EAOK_Sinod, lk 20
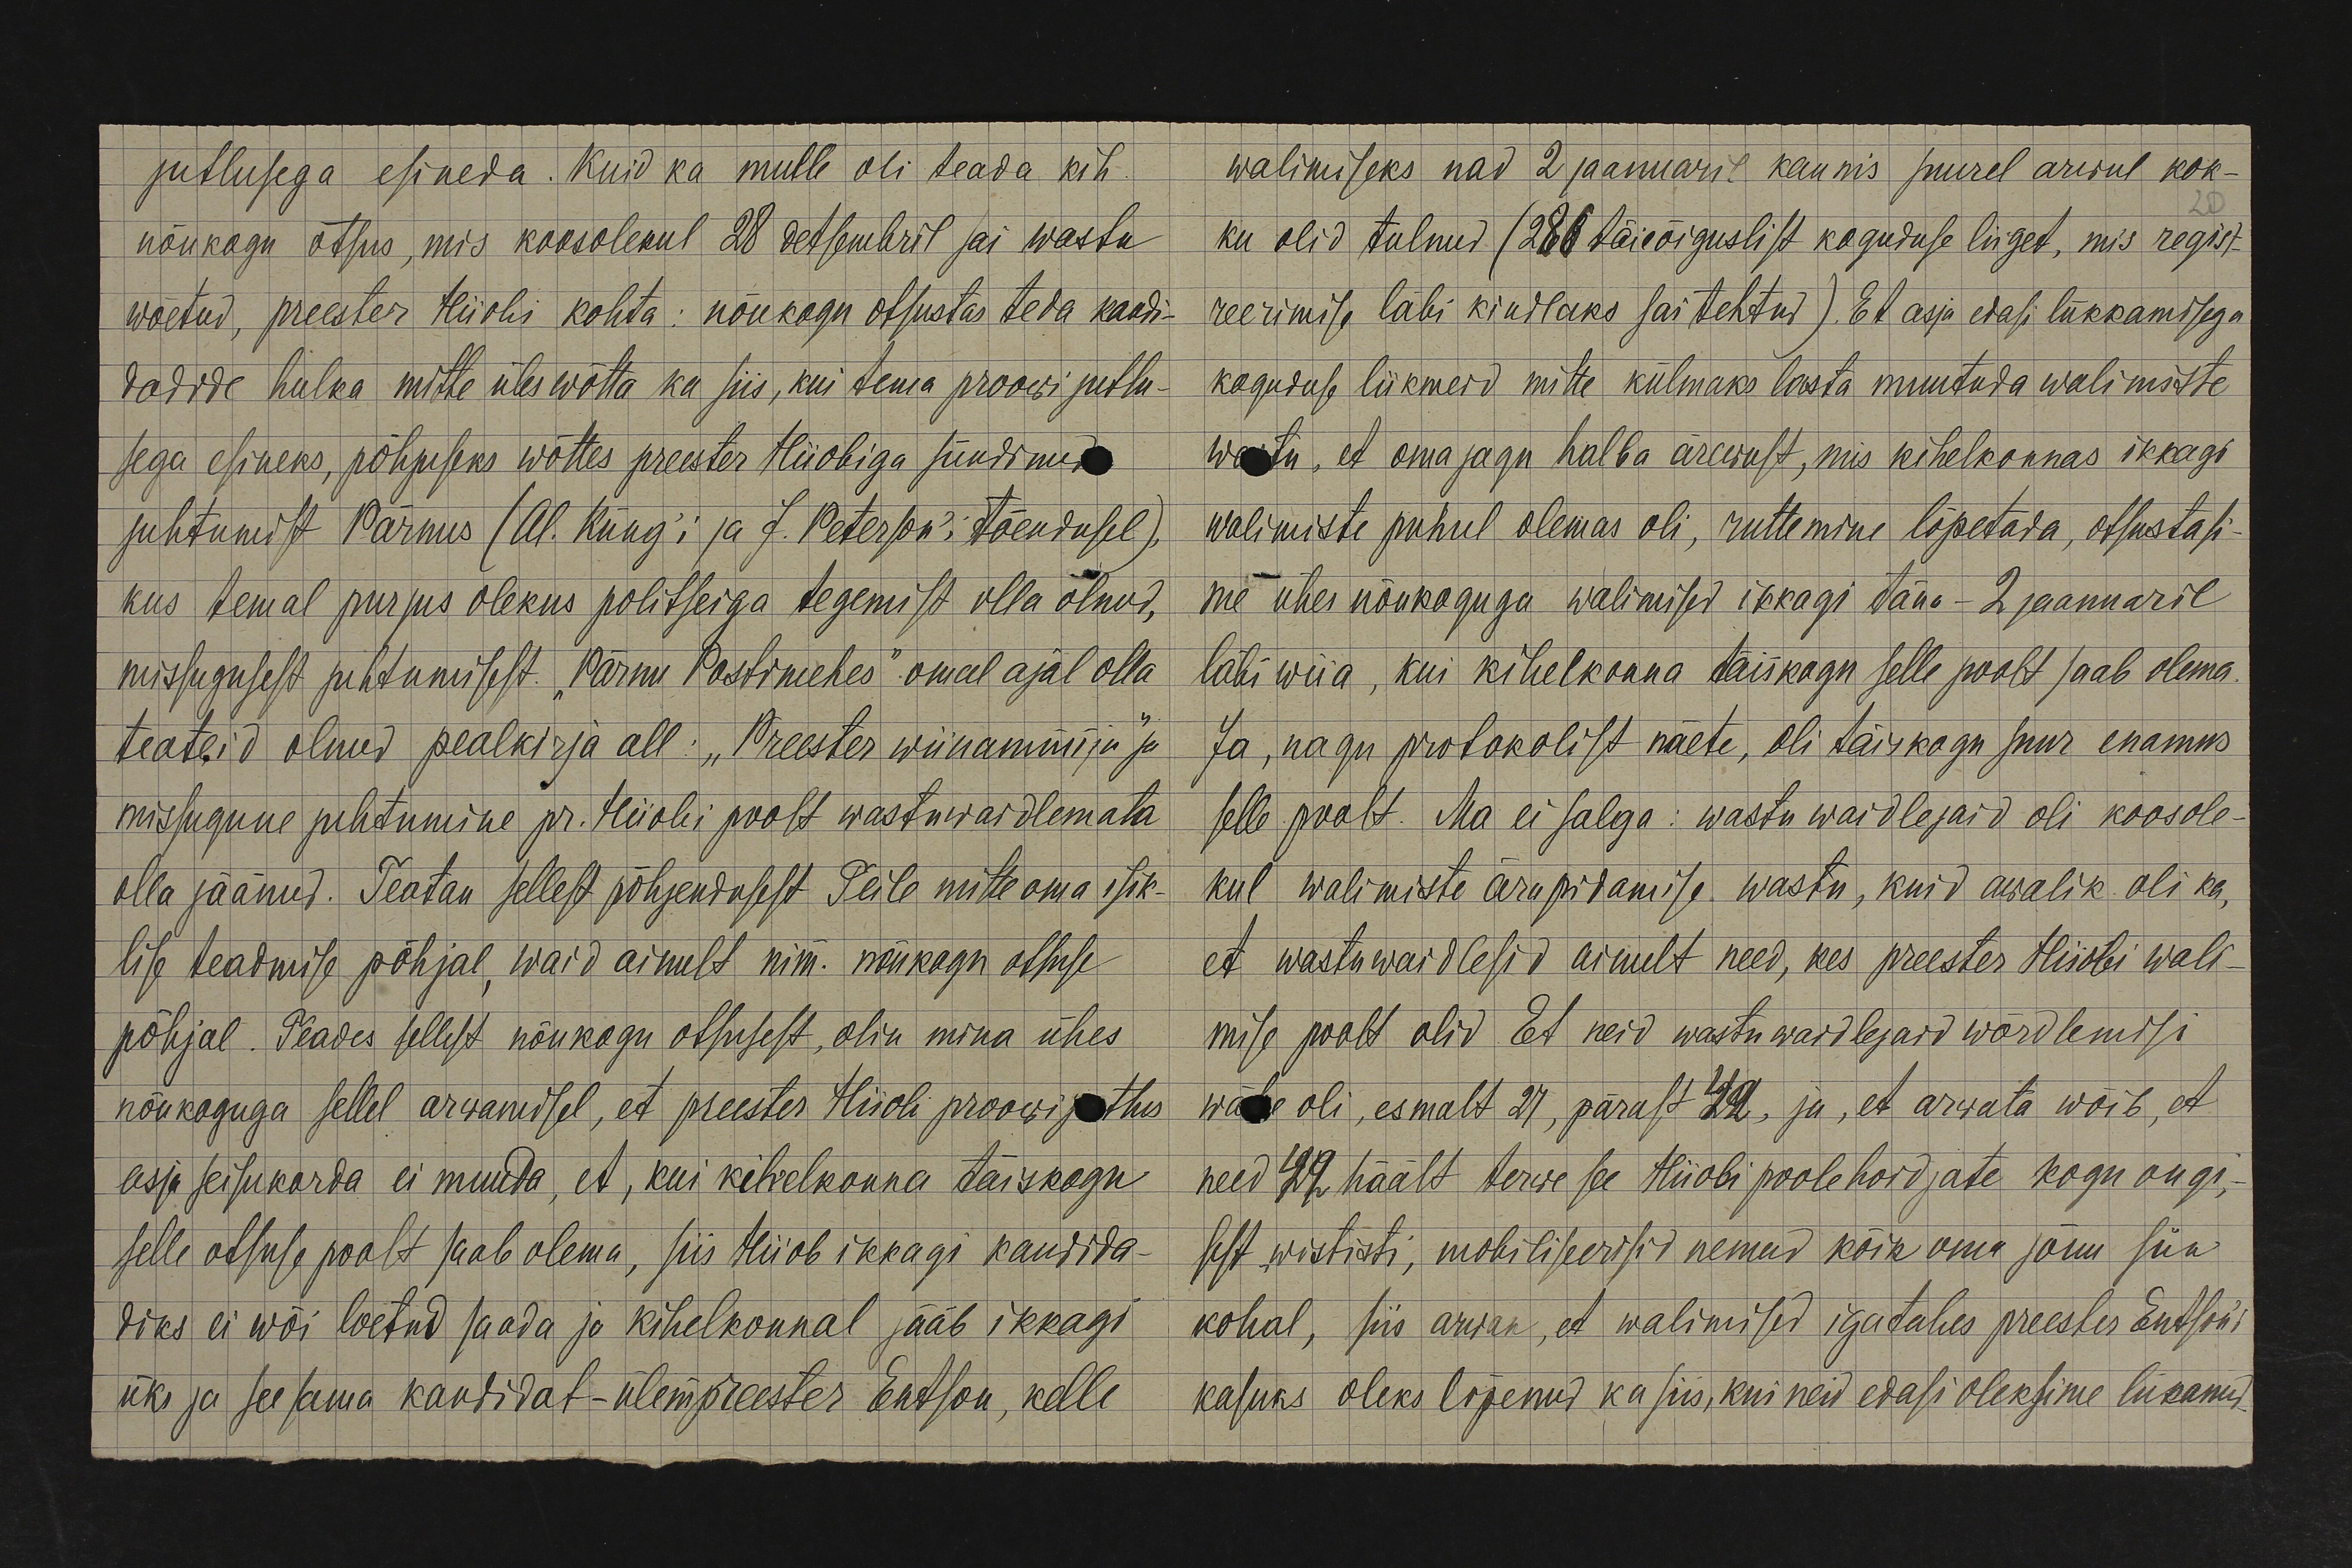
jutlusega esineda. Kuid ka mulle oli teada kih.
nõukogu otsus, mis koosolekul 28 detsembril sai wastu
wõetud, preester Hiiobi kohta: nõukogu otsustas teda kandi-
dadide hulka mitte üles wõtta ka siis, kui tema proowi juttu-
sega esineks, põhjuseks wõttes preester Hiiobiga sündinud
juhtumist Pärnus (Al. Küng'i ja J. Peterson'i tõendusel)
kus temal purjus olekus politseiga tegemist olla olnud,
missugusest juhtumisest "Pärnu Postimehes" omal ajal olla
teateid olnud pealkirja all: "Preester wiinamüüja" ja
missugune juhtumine pr. Hiiobi poolt wastuwaidlemata
olla jäänud. Teatan sellest põhjendusest Teile mitte oma isik-
lise teadmise põhjal waid ainult nim. nõukogu otsuse
põhjal. Teades sellest nõukogu otsusest, olin mina ühes
nõukoguga sellel arwamisel, et preester Hiioli proowi j tlus
asja seisukorda ei muuda, et, kui kihelkonna täiskogu
selle otsuse poolt saab olema, siis Hiiob ikkagi kandida-
diks ei wõi loetud saada ja kihelkonnal jääb ikkagi
üks ja seesama kandidat – ülempreester Entson, kelle

walimiseks nad 2 jaanuari kaunis suurel arwul kok-
ku olid tulnud (260 täisõiguslist koguduse liiget, mis regist-
reerimise läbi kindlaks sai tehtud). Et asja edasi lükkamisega
koguduse liikmeid mitte külmaks lasta muutada walimiste
wastu, et oma jagu halba ärewust, mis kihelkonnas ikkagi
walimiste puhul olemas oli, ruttemine lõpetada, otsustasi-
me ühes nõukoguga walimised ikkagi täna - 2 jaanuaril
läbi wiia, kui kihelkonna täiskogu selle poolt saab olema.
Ja, nagu protokolist näete, oli täiskogu suur enamus
selle poolt. Ma ei salga: wastu waidlejaid oli koosole-
kul walimiste ärapidamise wastu, kuid awalik oli ka
et wastuwaidlesid ainult need, kes preester Hiiobi wali-
mise poolt olid Et neid wastu waidlejaid wõrdlemisi
wähe oli, esmalt 27, pärast 42, ja, et arwata wõib, et
need 42 häält terwe see Hiiobi poolehoidjate kogu ongi,–
sest wististi, mobiliseerisid nemad kõik oma jõuu siin
kohal, siis arvan, et walimised igatahes preester Entson'i
kasuks oleks lõpenud ka siis, kui neid edasi oleksime lükanud.